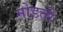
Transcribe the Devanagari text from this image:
मोडती